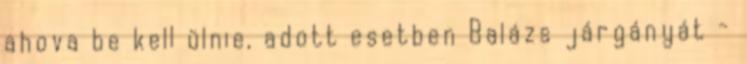
ahova be kell ülnie, adott esetben Balázs járgányát -